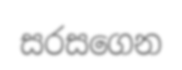
සරසගෙන